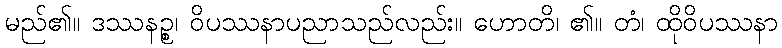
မည်၏။ ဒဿနဉ္စ၊ ဝိပဿနာပညာသည်လည်း။ ဟောတိ၊ ၏။ တံ၊ ထိုဝိပဿနာ